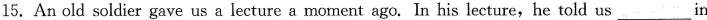
15. An old soldier gave us a lecture a moment ago. In his lecture,he told us ___in